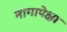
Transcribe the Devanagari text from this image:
नागापेक्षा